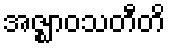
အဇ္ဈာဝသတီတိ